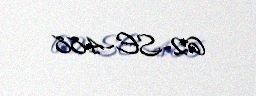
62-SE-488